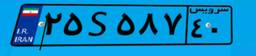
۰۵S۱۸۴۴۵